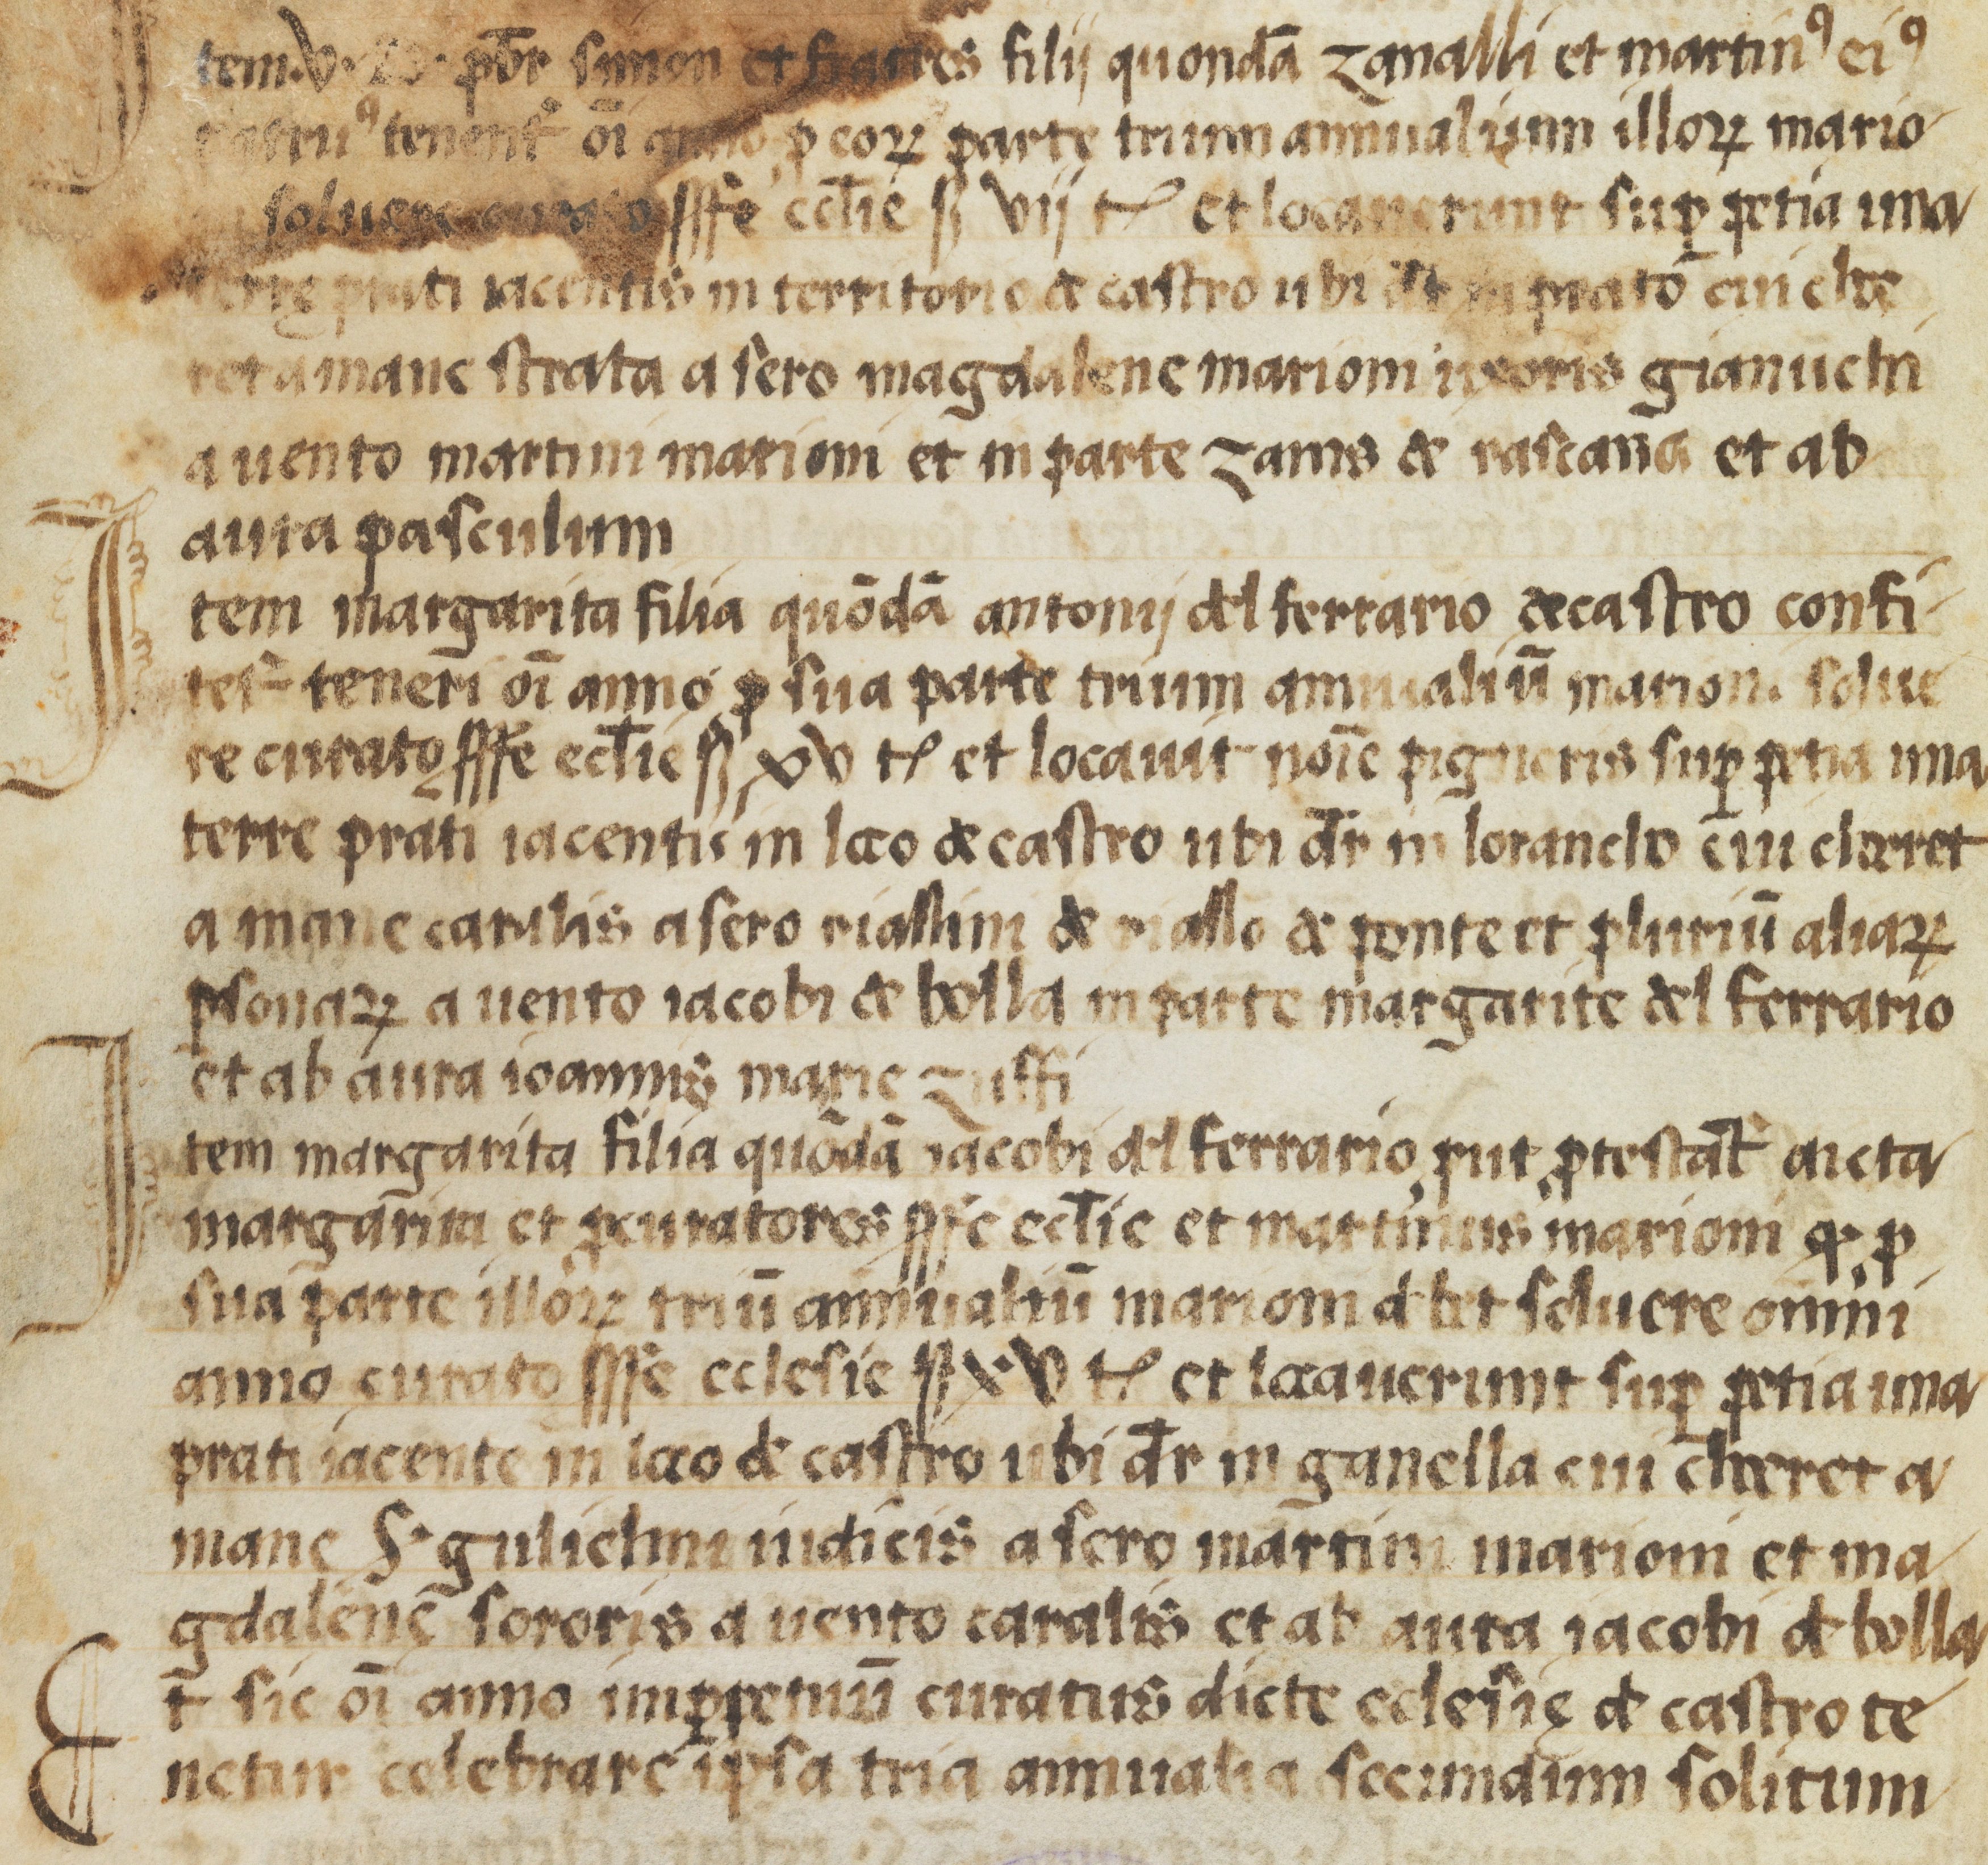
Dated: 1554–1554